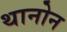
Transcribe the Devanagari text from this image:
थानोन